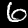
Label: 6